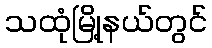
သထုံမြို့နယ်တွင်